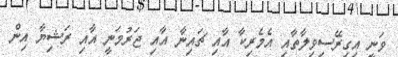
ވަނީ އިގިރޭސިވިލާތާއި އެމެރިކާ އާއި ޗައިނާ އާއި ޖަރުމަނީ އާއި ރަޝިޔާ އިން